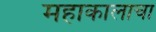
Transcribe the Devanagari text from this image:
महाकालाचा